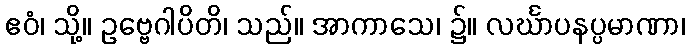
ဧဝံ၊ သို့။ ဥဗ္ဗေဂါပိတိ၊ သည်။ အာကာသေ၊ ၌။ လင်္ဃာပနပ္ပမာဏာ၊